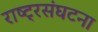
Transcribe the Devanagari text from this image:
राष्ट्रसंघटना